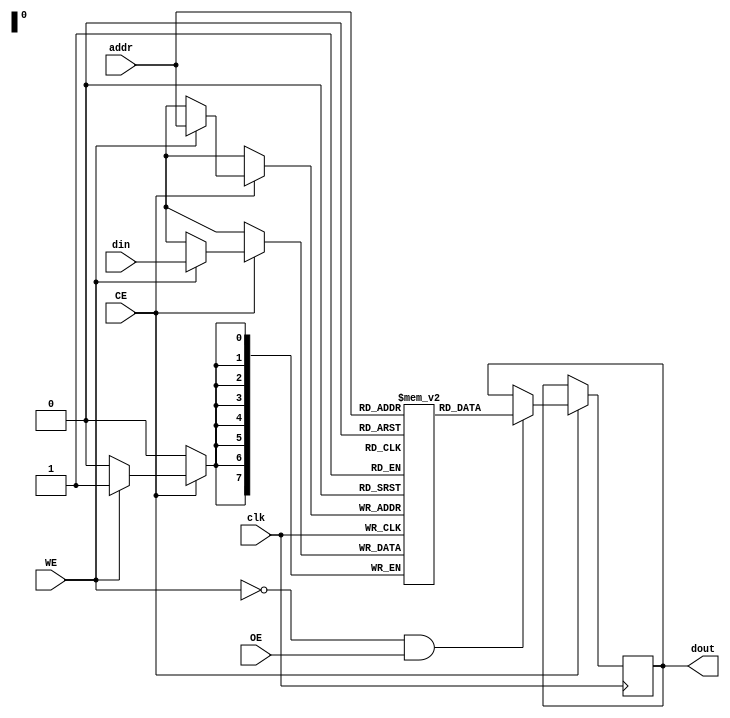
module eSRAM #(
    parameter WIDTH = 8,   // Width of each word (in bits)
    parameter DEPTH = 256   // Depth of the memory (number of words)
)(
    input wire clk,         // Clock signal
    input wire CE,          // Chip Enable
    input wire WE,          // Write Enable
    input wire OE,          // Output Enable
    input wire [7:0] addr,  // Address input (8-bit for 256 words)
    input wire [WIDTH-1:0] din, // Data input
    output reg [WIDTH-1:0] dout // Data output
);

    // Memory array declaration
    reg [WIDTH-1:0] memory [0:DEPTH-1];

    // Read/Write control logic
    always @(posedge clk) begin
        if (CE) begin
            if (WE) begin
                // Write operation
                memory[addr] <= din;
            end
            if (!WE && OE) begin
                // Read operation
                dout <= memory[addr];
            end
        end
    end

endmodule